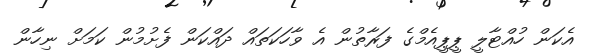
އެކަން ހުއްޓާލީ ޕީޕީއެމްގެ ފަރާތުން އެ ވާހަކަތައް ދައްކަން ފެށުމުން ކަމަށް ނިހާން